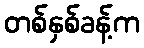
တစ်နှစ်ခန့်က